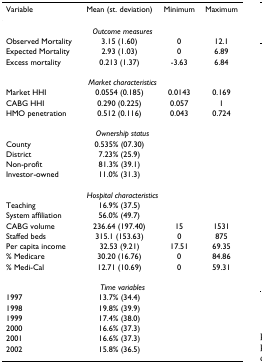
| Variable | Mean (st. deviation) | Minimum | Maximum |
 | --- | --- | --- | --- |
 | <COLSPAN=4> Outcome measures |
 | Observed Mortality | 3.15 (1.60) | 0 | 12.1 |
 | Expected Mortality | 2.93 (1.03) | 0 | 6.89 |
 | Excess mortality | 0.213 (1.37) | -3.63 | 6.84 |
 | <COLSPAN=4> Market characteristics |
 | Market HHI | 0.0554 (0.185) | 0.0143 | 0.169 |
 | CABG HHI | 0.290 (0.225) | 0.057 | 1 |
 | HMO penetration | 0.512 (0.116) | 0.043 | 0.724 |
 | <COLSPAN=4> Ownership status |
 | County | 0.535% (07.30) |  |  |
 | District | 7.23% (25.9) |  |  |
 | Non-profit | 81.3% (39.1) |  |  |
 | Investor-owned | 11.0% (31.3) |  |  |
 | <COLSPAN=4> Hospital characteristics |
 | Teaching | 16.9% (37.5) |  |  |
 | System affiliation | 56.0% (49.7) |  |  |
 | CABG volume | 236.64 (197.40) | 15 | 1531 |
 | Staffed beds | 315.1 (153.63) | 0 | 875 |
 | Per capita income | 32.53 (9.21) | 17.51 | 69.35 |
 | % Medicare | 30.20 (16.76) | 0 | 84.86 |
 | % Medi-Cal | 12.71 (10.69) | 0 | 59.31 |
 | <COLSPAN=4> Time variables |
 | 1997 | 13.7% (34.4) |  |  |
 | 1998 | 19.8% (39.9) |  |  |
 | 1999 | 17.4% (38.0) |  |  |
 | 2000 | 16.6% (37.3) |  |  |
 | 2001 | 16.6% (37.3) |  |  |
 | 2002 | 15.8% (36.5) |  |  |